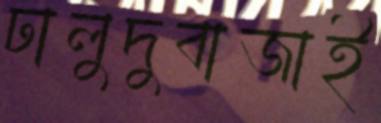
ঢালুদুবাজাই